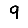
Digit: 9